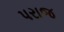
પરાજ